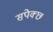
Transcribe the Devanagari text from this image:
सपेक्छ